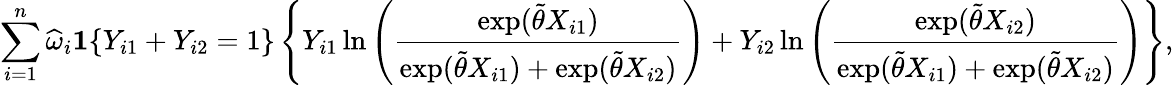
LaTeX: \sum_{i=1}^{n}\widehat{\omega}_{i}\boldsymbol{1}\{ Y_{i1}+Y_{i2}=1\} \left\{ Y_{i1}\ln\left(\frac{\exp(\widetilde{\theta}X_{i1})}{\exp(\widetilde{\theta}X_{i1})+\exp(\widetilde{\theta}X_{i2})}\right)+Y_{i2}\ln\left(\frac{\exp(\widetilde{\theta}X_{i2})}{\exp(\widetilde{\theta}X_{i1})+\exp(\widetilde{\theta}X_{i2})}\right)\right\} ,